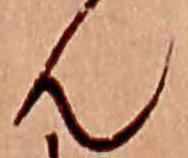
ん